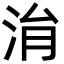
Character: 㳙